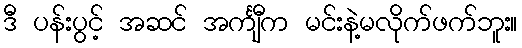
ဒီ ပန်းပွင့် အဆင် အင်္ကျီက မင်းနဲ့မလိုက်ဖက်ဘူး။